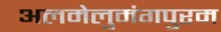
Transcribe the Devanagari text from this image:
अलमेलुमंगपुरम